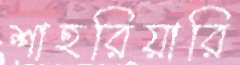
শাহরিয়ারি